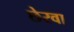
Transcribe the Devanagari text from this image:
छेरवा